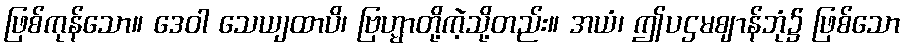
ဖြစ်ကုန်သော။ ဒေဝါ သေယျထာပိ၊ ဗြဟ္မာတို့ကဲ့သို့တည်း။ အယံ၊ ဤပဌမဈာန်ဘုံ၌ ဖြစ်သော